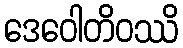
ဒေဝေါတိဝဿိ